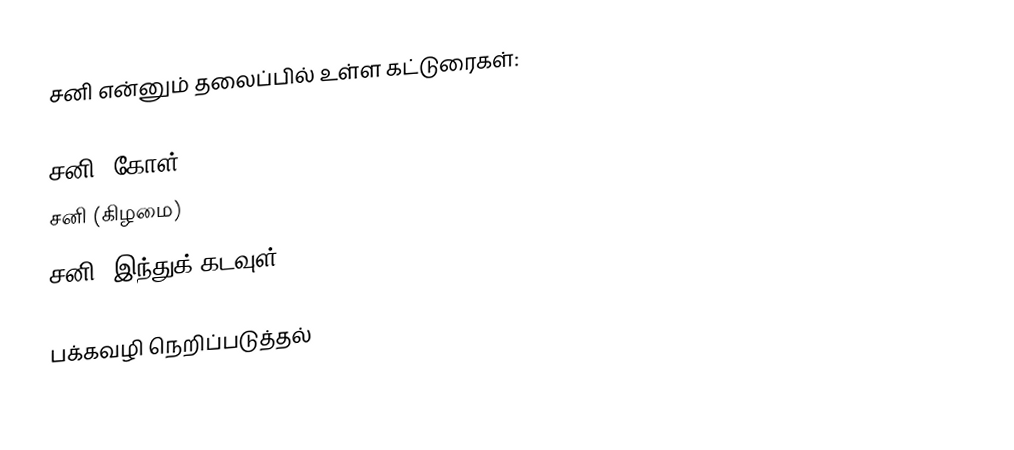
சனி என்னும் தலைப்பில் உள்ள கட்டுரைகள்:

 சனி (கோள்)
 சனி (கிழமை)
 சனி (இந்துக் கடவுள்)

பக்கவழி நெறிப்படுத்தல்